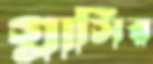
গ্লাসির